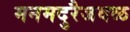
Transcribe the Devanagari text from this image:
मनमदुरैजवळ